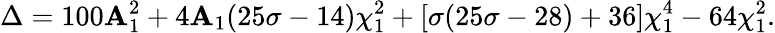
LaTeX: \Delta=100\mathbf{A}_{1}^{2}+4\mathbf{A}_{1}(25\sigma-14)\chi_{1}^{2}+\left[\sigma(25\sigma-28)+36\right]\chi_{1}^{4}-64\chi_{1}^{2}.